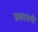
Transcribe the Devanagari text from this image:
प्रकारांशी